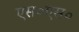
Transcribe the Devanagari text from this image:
एस०एस०